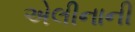
એલીનાની